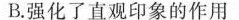
B.强化了直观印象的作用